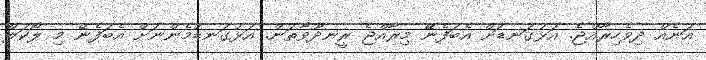
އަނެއް ދިވެހިރާއްޖެ. އަޅުގަނޑަށް އެބަފެނޭ މިރާއްޖެ ރީނދޫވާތަން. އަޅުގަނޑުމެންނަށް އެބަފެނޭ މި ލޯކަލް